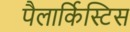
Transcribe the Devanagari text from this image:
पैलार्किस्टिस